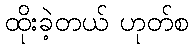
ထိုးခဲ့တယ် ဟုတ်စ